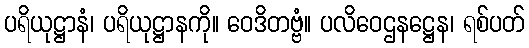
ပရိယုဋ္ဌာနံ၊ ပရိယုဋ္ဌာနကို။ ဝေဒိတဗ္ဗံ။ ပလိဝေဌနဋ္ဌေန၊ ရစ်ပတ်